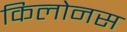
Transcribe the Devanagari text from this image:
किलोनस